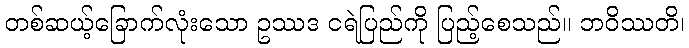
တစ်ဆယ့်ခြောက်လုံးသော ဥဿဒ ငရဲပြည်ကို ပြည့်စေသည်။ ဘဝိဿတိ၊